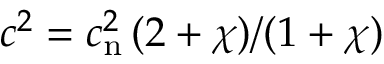
c ^ { 2 } = c _ { \mathrm { n } } ^ { 2 } \, ( 2 + \chi ) / ( 1 + \chi )